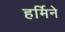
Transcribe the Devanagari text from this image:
हर्मिने